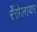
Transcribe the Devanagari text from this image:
रेंसेलायर